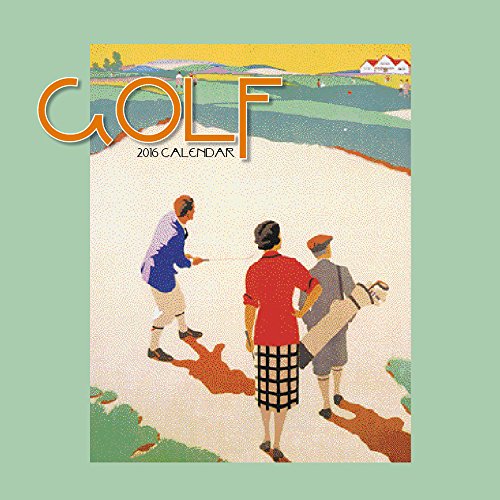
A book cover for Golf (CL53184); Catch Publishing; Calendars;